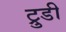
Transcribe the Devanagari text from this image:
ट्रुडी